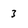
Character: 3